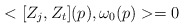
\begin{align*} <[Z_j, Z_t](p), \omega_0(p)>=0\end{align*}